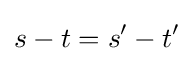
s-t=s'-t'